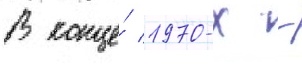
В конце́ 1970-х -